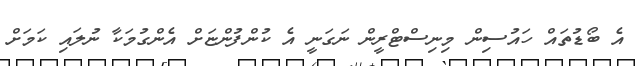
އެ ބޯޑުތައް ހައުސިން މިނިސްޓްރީން ނަގަނީ އެ ކުންފުންޏަށް އެންގުމަކާ ނުލައި ކަމަށް